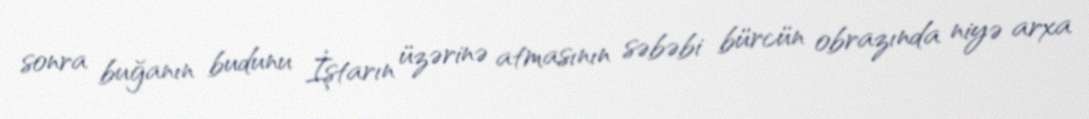
sonra buğanın budunu İştarın üzərinə atmasının səbəbi bürcün obrazında niyə arxa